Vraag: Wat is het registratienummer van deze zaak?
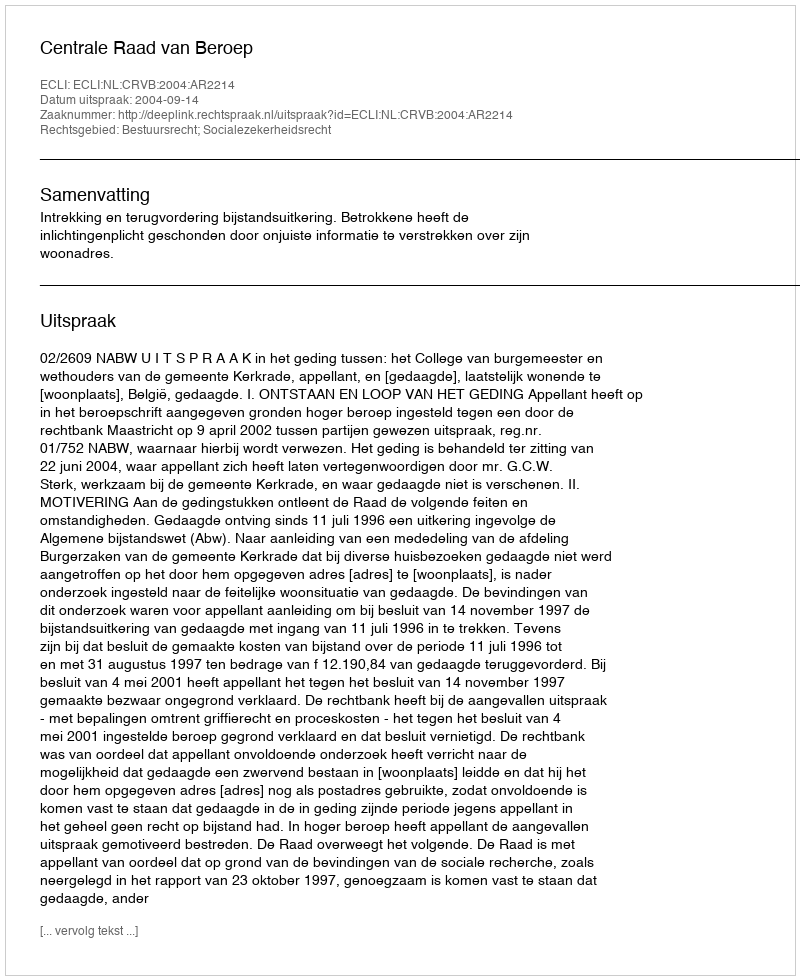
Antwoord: http://deeplink.rechtspraak.nl/uitspraak?id=ECLI:NL:CRVB:2004:AR2214